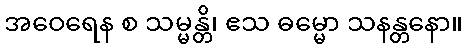
အဝေရေန စ သမ္မန္တိ၊ ဧသ ဓမ္မော သနန္တနော။